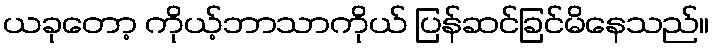
ယခုတော့ ကိုယ့်ဘာသာကိုယ် ပြန်ဆင်ခြင်မိနေသည်။